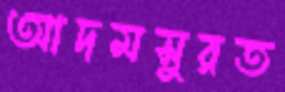
আদমসুরত